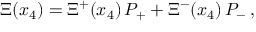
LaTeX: \Xi ( x _ { 4 } ) = \Xi ^ { + } ( x _ { 4 } ) \, P _ { + } + \Xi ^ { - } ( x _ { 4 } ) \, P _ { - } \, ,